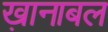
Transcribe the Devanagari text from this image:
ख़ानाबल